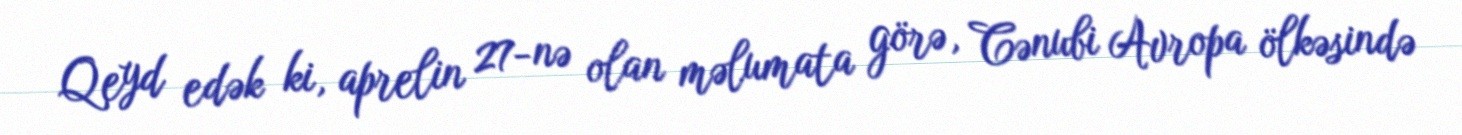
Qeyd edək ki, aprelin 27-nə olan məlumata görə, Cənubi Avropa ölkəsində